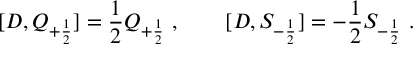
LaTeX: [ D , Q _ { + { \frac { 1 } { 2 } } } ] = { \frac { 1 } { 2 } } Q _ { + { \frac { 1 } { 2 } } } \ , \qquad [ D , S _ { - { \frac { 1 } { 2 } } } ] = - { \frac { 1 } { 2 } } S _ { - { \frac { 1 } { 2 } } } \ .